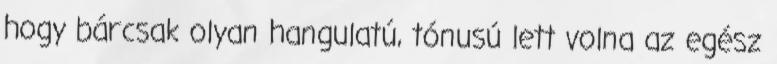
hogy bárcsak olyan hangulatú, tónusú lett volna az egész